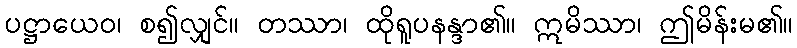
ပဋ္ဌာယေဝ၊ စ၍လျှင်။ တဿာ၊ ထိုရူပနန္ဒာ၏။ ဣမိဿာ၊ ဤမိန်းမ၏။